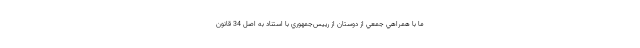
ما با همراهي جمعي از دوستان از رييس‌جمهوري با استناد به اصل 34 قانون